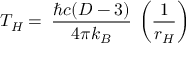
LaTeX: T _ { H } = \: \frac { \hbar c ( D - 3 ) } { 4 \pi k _ { B } } \: \left( \frac { 1 } { r _ { H } } \right)